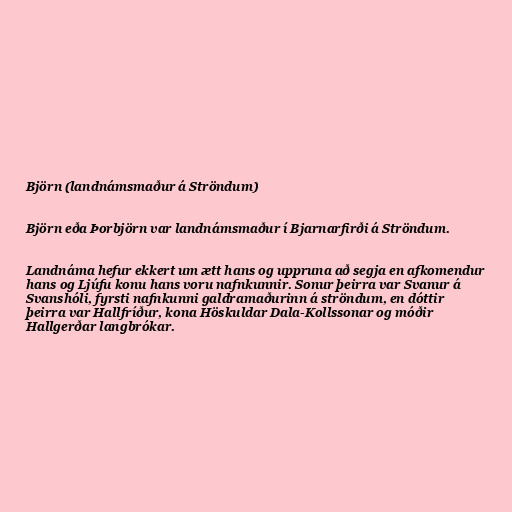
Björn (landnámsmaður á Ströndum)

Björn eða Þorbjörn var landnámsmaður í Bjarnarfirði á Ströndum.

Landnáma hefur ekkert um ætt hans og uppruna að segja en afkomendur
hans og Ljúfu konu hans voru nafnkunnir. Sonur þeirra var Svanur á
Svanshóli, fyrsti nafnkunni galdramaðurinn á ströndum, en dóttir
þeirra var Hallfríður, kona Höskuldar Dala-Kollssonar og móðir
Hallgerðar langbrókar.